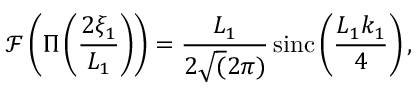
\mathcal { F } \left( \Pi \left( \frac { 2 \xi _ { 1 } } { L _ { 1 } } \right) \right) = \frac { L _ { 1 } } { 2 \sqrt ( 2 \pi ) } \, \mathrm { s i n c } \left( \frac { L _ { 1 } k _ { 1 } } { 4 } \right) ,